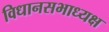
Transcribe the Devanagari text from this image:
विधानसभाध्यक्ष